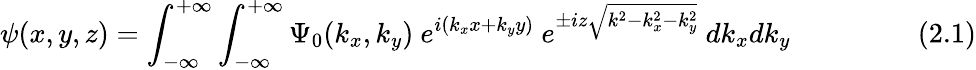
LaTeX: \psi(x,y,z)=\int_{-\infty}^{+\infty}\int_{-\infty}^{+\infty}\Psi_{0}(k_{x},k_{y})~e^{i(k_{x}x+k_{y}y)}~e^{\pm iz{\sqrt{k^{2}-k_{x}^{2}-k_{y}^{2}}}}~dk_{x}dk_{y}~~~~~~~~~~~~~~~~~~(2.1)